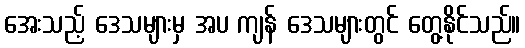
အေးသည့် ဒေသများမှ အပ ကျန် ဒေသများတွင် တွေ့နိုင်သည်။